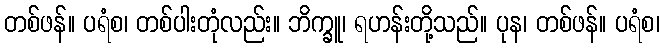
တစ်ဖန်။ ပရံစ၊ တစ်ပါးတုံလည်း။ ဘိက္ခူ၊ ရဟန်းတို့သည်။ ပုန၊ တစ်ဖန်။ ပရံစ၊